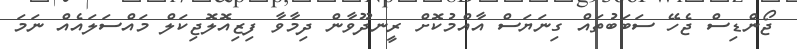
ޖޯންޑިސް ޖެހޭ ސަބަބުތައް ގިނަޔަސް އާއްމުކޮށް ރީނދޫވާން ދިމާވާ ފިޒިއޮލޮޖިކަލް މައްސަލައެއް ނަމަ